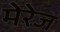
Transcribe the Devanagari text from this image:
मेरेज